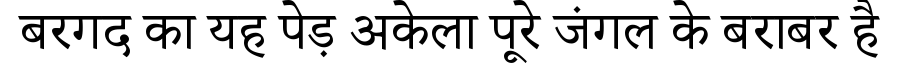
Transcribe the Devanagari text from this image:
बरगद का यह पेड़ अकेला पूरे जंगल के बराबर है